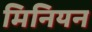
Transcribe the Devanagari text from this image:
मिनियन